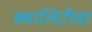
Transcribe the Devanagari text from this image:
क्वालिटीचा